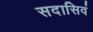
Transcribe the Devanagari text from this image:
सदासिवं